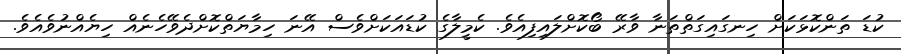
ކުޑަ ތަންކޮޅަކަށް ހިނގައިގަތްތަނާ ވާރޭ ބޯކޮށްލައިފިއެވެ. ކެމީލާގެ ކުޑައަކަށްވެސް އޭނަ ހިމާޔަތްކޮށްދެވޭހެނެއް ހިޔެއްނުވެއެވެ.